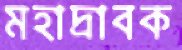
মহাদ্রাবক